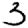
Digit: 3